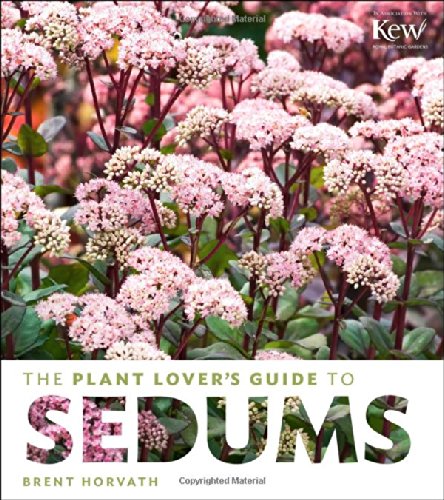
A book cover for The Plant Lover's Guide to Sedums; Brent Horvath; Crafts, Hobbies & Home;